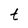
Character: t